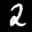
Label: 2